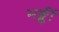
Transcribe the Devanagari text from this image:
भङ्कीं